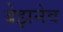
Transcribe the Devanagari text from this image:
ब्रेझनेव